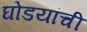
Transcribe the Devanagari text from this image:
घोडयांची